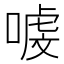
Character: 㗔